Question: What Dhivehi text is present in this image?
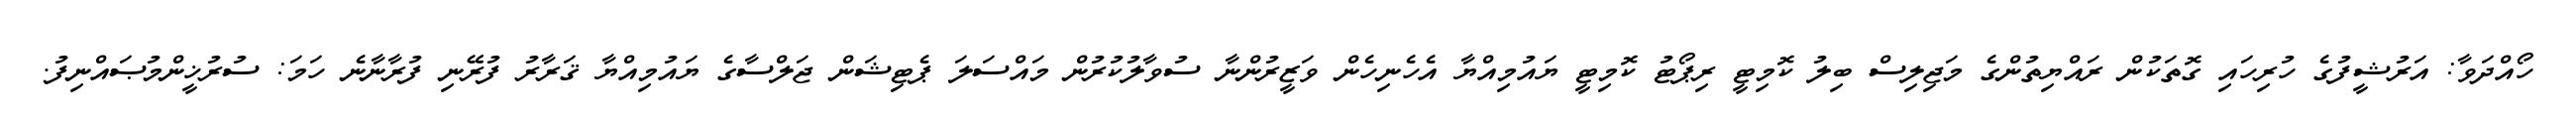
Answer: ހޯއްދަވާ: އަރުޝީފުގެ ހުރިހައި ގޮތަކުން ރައްޔިތުންގެ މަޖިލިސް ބިލު ކޮމިޓީ ރިޕޯޓު ކޮމިޓީ ޔައުމިއްޔާ އެހެނިހެން ވަޒީރުންނާ ސުވާލުކުރުން މައްސަލަ ޕެޓިޝަން ޖަލްސާގެ ޔައުމިއްޔާ ޤަރާރު ފުރޭނި ފުރާނާނެ ހަމަ: ސުރުޚީންމުޞައްނިފު.